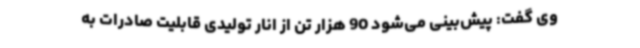
وی گفت: پیش‌بینی می‌شود 90 هزار تن از انار تولیدی قابلیت صادرات به